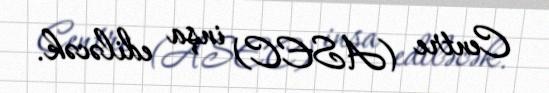
Centre (ASEC) inşa ediləcək.